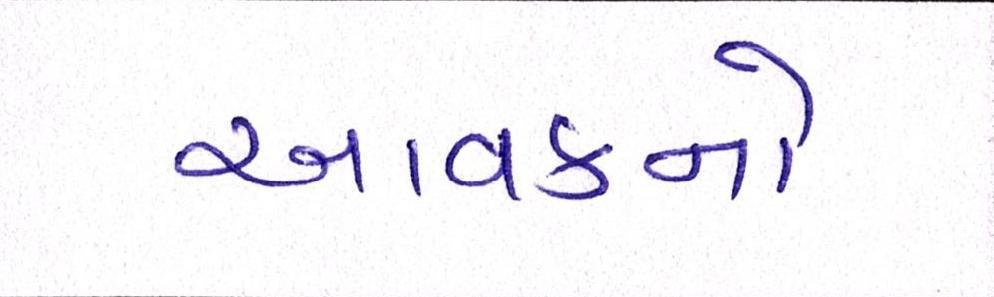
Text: આવકનો